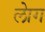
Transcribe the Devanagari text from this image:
लेाग